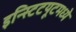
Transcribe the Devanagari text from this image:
इन्स्टिटयूटमध्ये